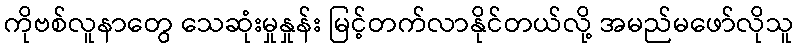
ကိုဗစ်လူနာတွေ သေဆုံးမှုနှုန်း မြင့်တက်လာနိုင်တယ်လို့ အမည်မဖော်လိုသူ